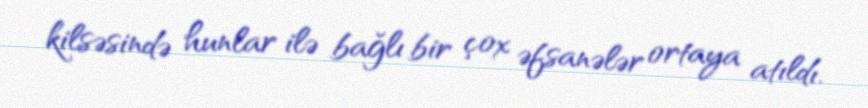
kilsəsində hunlar ilə bağlı bir çox əfsanələr ortaya atıldı.